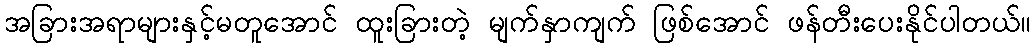
အခြားအရာများနှင့်မတူအောင် ထူးခြားတဲ့ မျက်နှာကျက် ဖြစ်အောင် ဖန်တီးပေးနိုင်ပါတယ်။